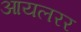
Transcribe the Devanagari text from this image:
आयलरर